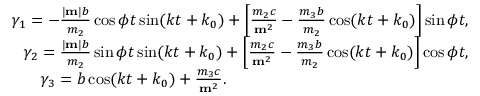
\begin{array} { r } { \gamma _ { 1 } = - \frac { | { \bf m } | b } { m _ { 2 } } \cos \phi t \sin ( k t + k _ { 0 } ) + \left[ \frac { m _ { 2 } c } { { \bf m } ^ { 2 } } - \frac { m _ { 3 } b } { m _ { 2 } } \cos ( k t + k _ { 0 } ) \right] \sin \phi t , } \\ { \gamma _ { 2 } = \frac { | { \bf m } | b } { m _ { 2 } } \sin \phi t \sin ( k t + k _ { 0 } ) + \left[ \frac { m _ { 2 } c } { { \bf m } ^ { 2 } } - \frac { m _ { 3 } b } { m _ { 2 } } \cos ( k t + k _ { 0 } ) \right] \cos \phi t , } \\ { \gamma _ { 3 } = b \cos ( k t + k _ { 0 } ) + \frac { m _ { 3 } c } { { \bf m } ^ { 2 } } . \qquad \qquad \qquad \qquad \qquad \qquad \qquad \quad } \end{array}